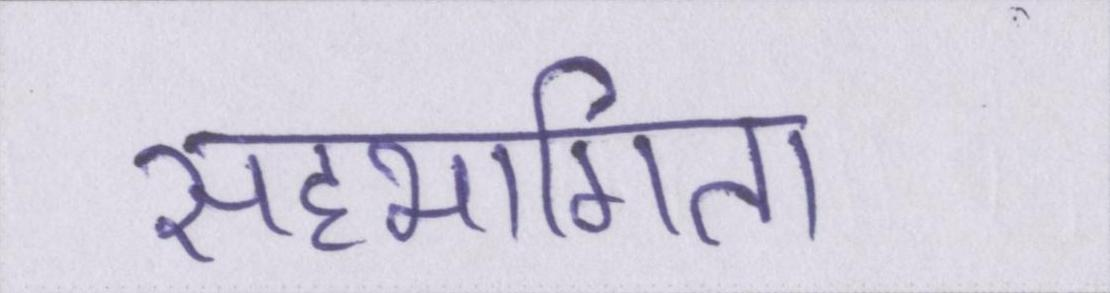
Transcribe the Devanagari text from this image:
सहभागिता